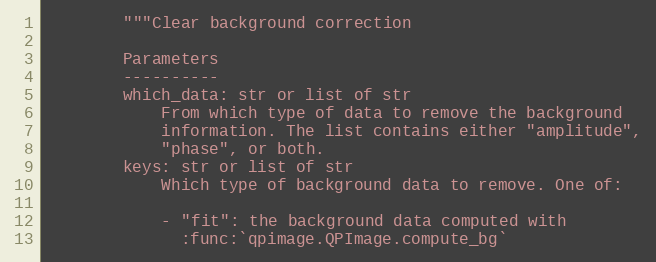
Language: Python
        """Clear background correction

        Parameters
        ----------
        which_data: str or list of str
            From which type of data to remove the background
            information. The list contains either "amplitude",
            "phase", or both.
        keys: str or list of str
            Which type of background data to remove. One of:

            - "fit": the background data computed with
              :func:`qpimage.QPImage.compute_bg`